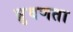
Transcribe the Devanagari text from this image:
घ्रुवणता